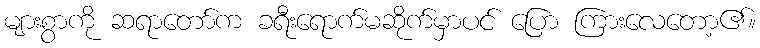
များစွာကို ဆရာတော်က ခရီးရောက်မဆိုက်မှာပင် ပြော ကြားလေတော့၏။